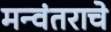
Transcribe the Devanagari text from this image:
मन्वंतराचे